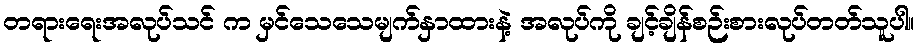
တရားရေးအလုပ်သင် က မှင်သေသေမျက်နှာထားနဲ့ အလုပ်ကို ချင့်ချိန်စဉ်းစားလုပ်တတ်သူပါ။